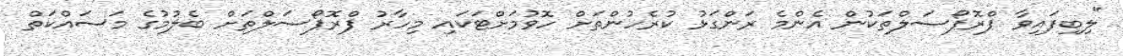
"ލިބިފައިވާ ޕްރޮޕޯސަލްތަކުން އެންމެ ރަންގަޅު ކުރެހުންތަށް ހޮވުމަށްޓަކައި މިހާރު ޕްރޮޕޯސަލްތަށް ބެލުމުގެ މަސައްކަތް